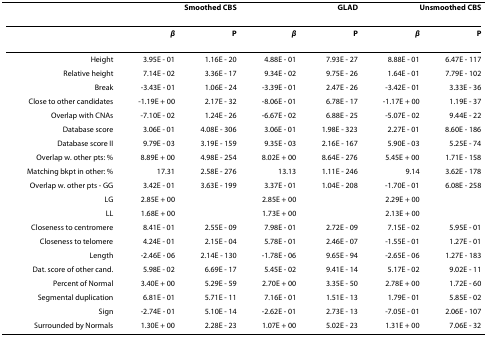
<table><thead><tr><td></td><td colspan="2"><b>Smoothed CBS</b></td><td colspan="2"><b>GLAD</b></td><td colspan="2"><b>Unsmoothed CBS</b></td></tr></thead><tbody><tr><td></td><td><b><i>β</i></b></td><td><b>P</b></td><td><b><i>β</i></b></td><td><b>P</b></td><td><b><i>β</i></b></td><td><b>P</b></td></tr><tr><td>Height</td><td>3.95E - 01</td><td>1.16E - 20</td><td>4.88E - 01</td><td>7.93E - 27</td><td>8.88E - 01</td><td>6.47E - 117</td></tr><tr><td>Relative height</td><td>7.14E - 02</td><td>3.36E - 17</td><td>9.34E - 02</td><td>9.75E - 26</td><td>1.64E - 01</td><td>7.79E - 102</td></tr><tr><td>Break</td><td>-3.43E - 01</td><td>1.06E - 24</td><td>-3.39E - 01</td><td>2.47E - 26</td><td>-3.42E - 01</td><td>3.33E - 36</td></tr><tr><td>Close to other candidates</td><td>-1.19E + 00</td><td>2.17E - 32</td><td>-8.06E - 01</td><td>6.78E - 17</td><td>-1.17E + 00</td><td>1.19E - 37</td></tr><tr><td>Overlap with CNAs</td><td>-7.10E - 02</td><td>1.24E - 26</td><td>-6.67E - 02</td><td>6.88E - 25</td><td>-5.07E - 02</td><td>9.44E - 22</td></tr><tr><td>Database score</td><td>3.06E - 01</td><td>4.08E - 306</td><td>3.06E - 01</td><td>1.98E - 323</td><td>2.27E - 01</td><td>8.60E - 186</td></tr><tr><td>Database score II</td><td>9.79E - 03</td><td>3.19E - 159</td><td>9.35E - 03</td><td>2.16E - 167</td><td>5.90E - 03</td><td>5.25E - 74</td></tr><tr><td>Overlap w. other pts: %</td><td>8.89E + 00</td><td>4.98E - 254</td><td>8.02E + 00</td><td>8.64E - 276</td><td>5.45E + 00</td><td>1.71E - 158</td></tr><tr><td>Matching bkpt in other: %</td><td>17.31</td><td>2.58E - 276</td><td>13.13</td><td>1.11E - 246</td><td>9.14</td><td>3.62E - 178</td></tr><tr><td>Overlap w. other pts - GG</td><td>3.42E - 01</td><td>3.63E - 199</td><td>3.37E - 01</td><td>1.04E - 208</td><td>-1.70E - 01</td><td>6.08E - 258</td></tr><tr><td>LG</td><td>2.85E + 00</td><td></td><td>2.85E + 00</td><td></td><td>2.29E + 00</td><td></td></tr><tr><td>LL</td><td>1.68E + 00</td><td></td><td>1.73E + 00</td><td></td><td>2.13E + 00</td><td></td></tr><tr><td>Closeness to centromere</td><td>8.41E - 01</td><td>2.55E - 09</td><td>7.98E - 01</td><td>2.72E - 09</td><td>7.15E - 02</td><td>5.95E - 01</td></tr><tr><td>Closeness to telomere</td><td>4.24E - 01</td><td>2.15E - 04</td><td>5.78E - 01</td><td>2.46E - 07</td><td>-1.55E - 01</td><td>1.27E - 01</td></tr><tr><td>Length</td><td>-2.46E - 06</td><td>2.14E - 130</td><td>-1.78E - 06</td><td>9.65E - 94</td><td>-2.65E - 06</td><td>1.27E - 183</td></tr><tr><td>Dat. score of other cand.</td><td>5.98E - 02</td><td>6.69E - 17</td><td>5.45E - 02</td><td>9.41E - 14</td><td>5.17E - 02</td><td>9.02E - 11</td></tr><tr><td>Percent of Normal</td><td>3.40E + 00</td><td>5.29E - 59</td><td>2.70E + 00</td><td>3.35E - 50</td><td>2.78E + 00</td><td>1.72E - 60</td></tr><tr><td>Segmental duplication</td><td>6.81E - 01</td><td>5.71E - 11</td><td>7.16E - 01</td><td>1.51E - 13</td><td>1.79E - 01</td><td>5.85E - 02</td></tr><tr><td>Sign</td><td>-2.74E - 01</td><td>5.10E - 14</td><td>-2.62E - 01</td><td>2.73E - 13</td><td>-7.05E - 01</td><td>2.06E - 107</td></tr><tr><td>Surrounded by Normals</td><td>1.30E + 00</td><td>2.28E - 23</td><td>1.07E + 00</td><td>5.02E - 23</td><td>1.31E + 00</td><td>7.06E - 32</td></tr></tbody></table>